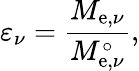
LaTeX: \varepsilon_{\nu}={\frac{M_{\mathrm{e},\nu}}{M_{\mathrm{e},\nu}^{\circ}}},